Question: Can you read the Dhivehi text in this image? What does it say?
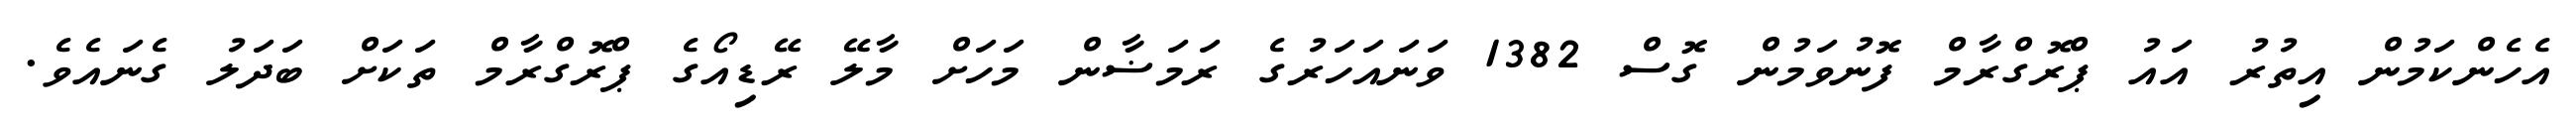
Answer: އެހެންކަމުން އިތުރު އައު ޕްރޮގްރާމް ފޮނުވަމުން ގޮސް 1382 ވަނައަހަރުގެ ރަމަޟާން މަހަށް މާލޭ ރޭޑިއޯގެ ޕްރޮގްރާމް ތަކަށް ބަދަލު ގެނައެވެ.